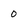
Character: 0